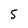
Character: 5